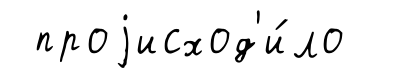
проjисход'и́ло